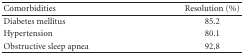
| Comorbidities | Resolution (%) |
 | --- | --- |
 | Diabetes mellitus | 85.2 |
 | Hypertension | 80.1 |
 | Obstructive sleep apnea | 92.8 |